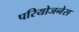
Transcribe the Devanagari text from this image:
परियोजनेस